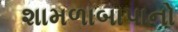
શામળાબાપાનો